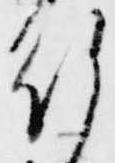
行